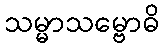
သမ္မာသမ္ဗောဓိ